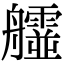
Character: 𦫄